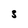
Character: 3